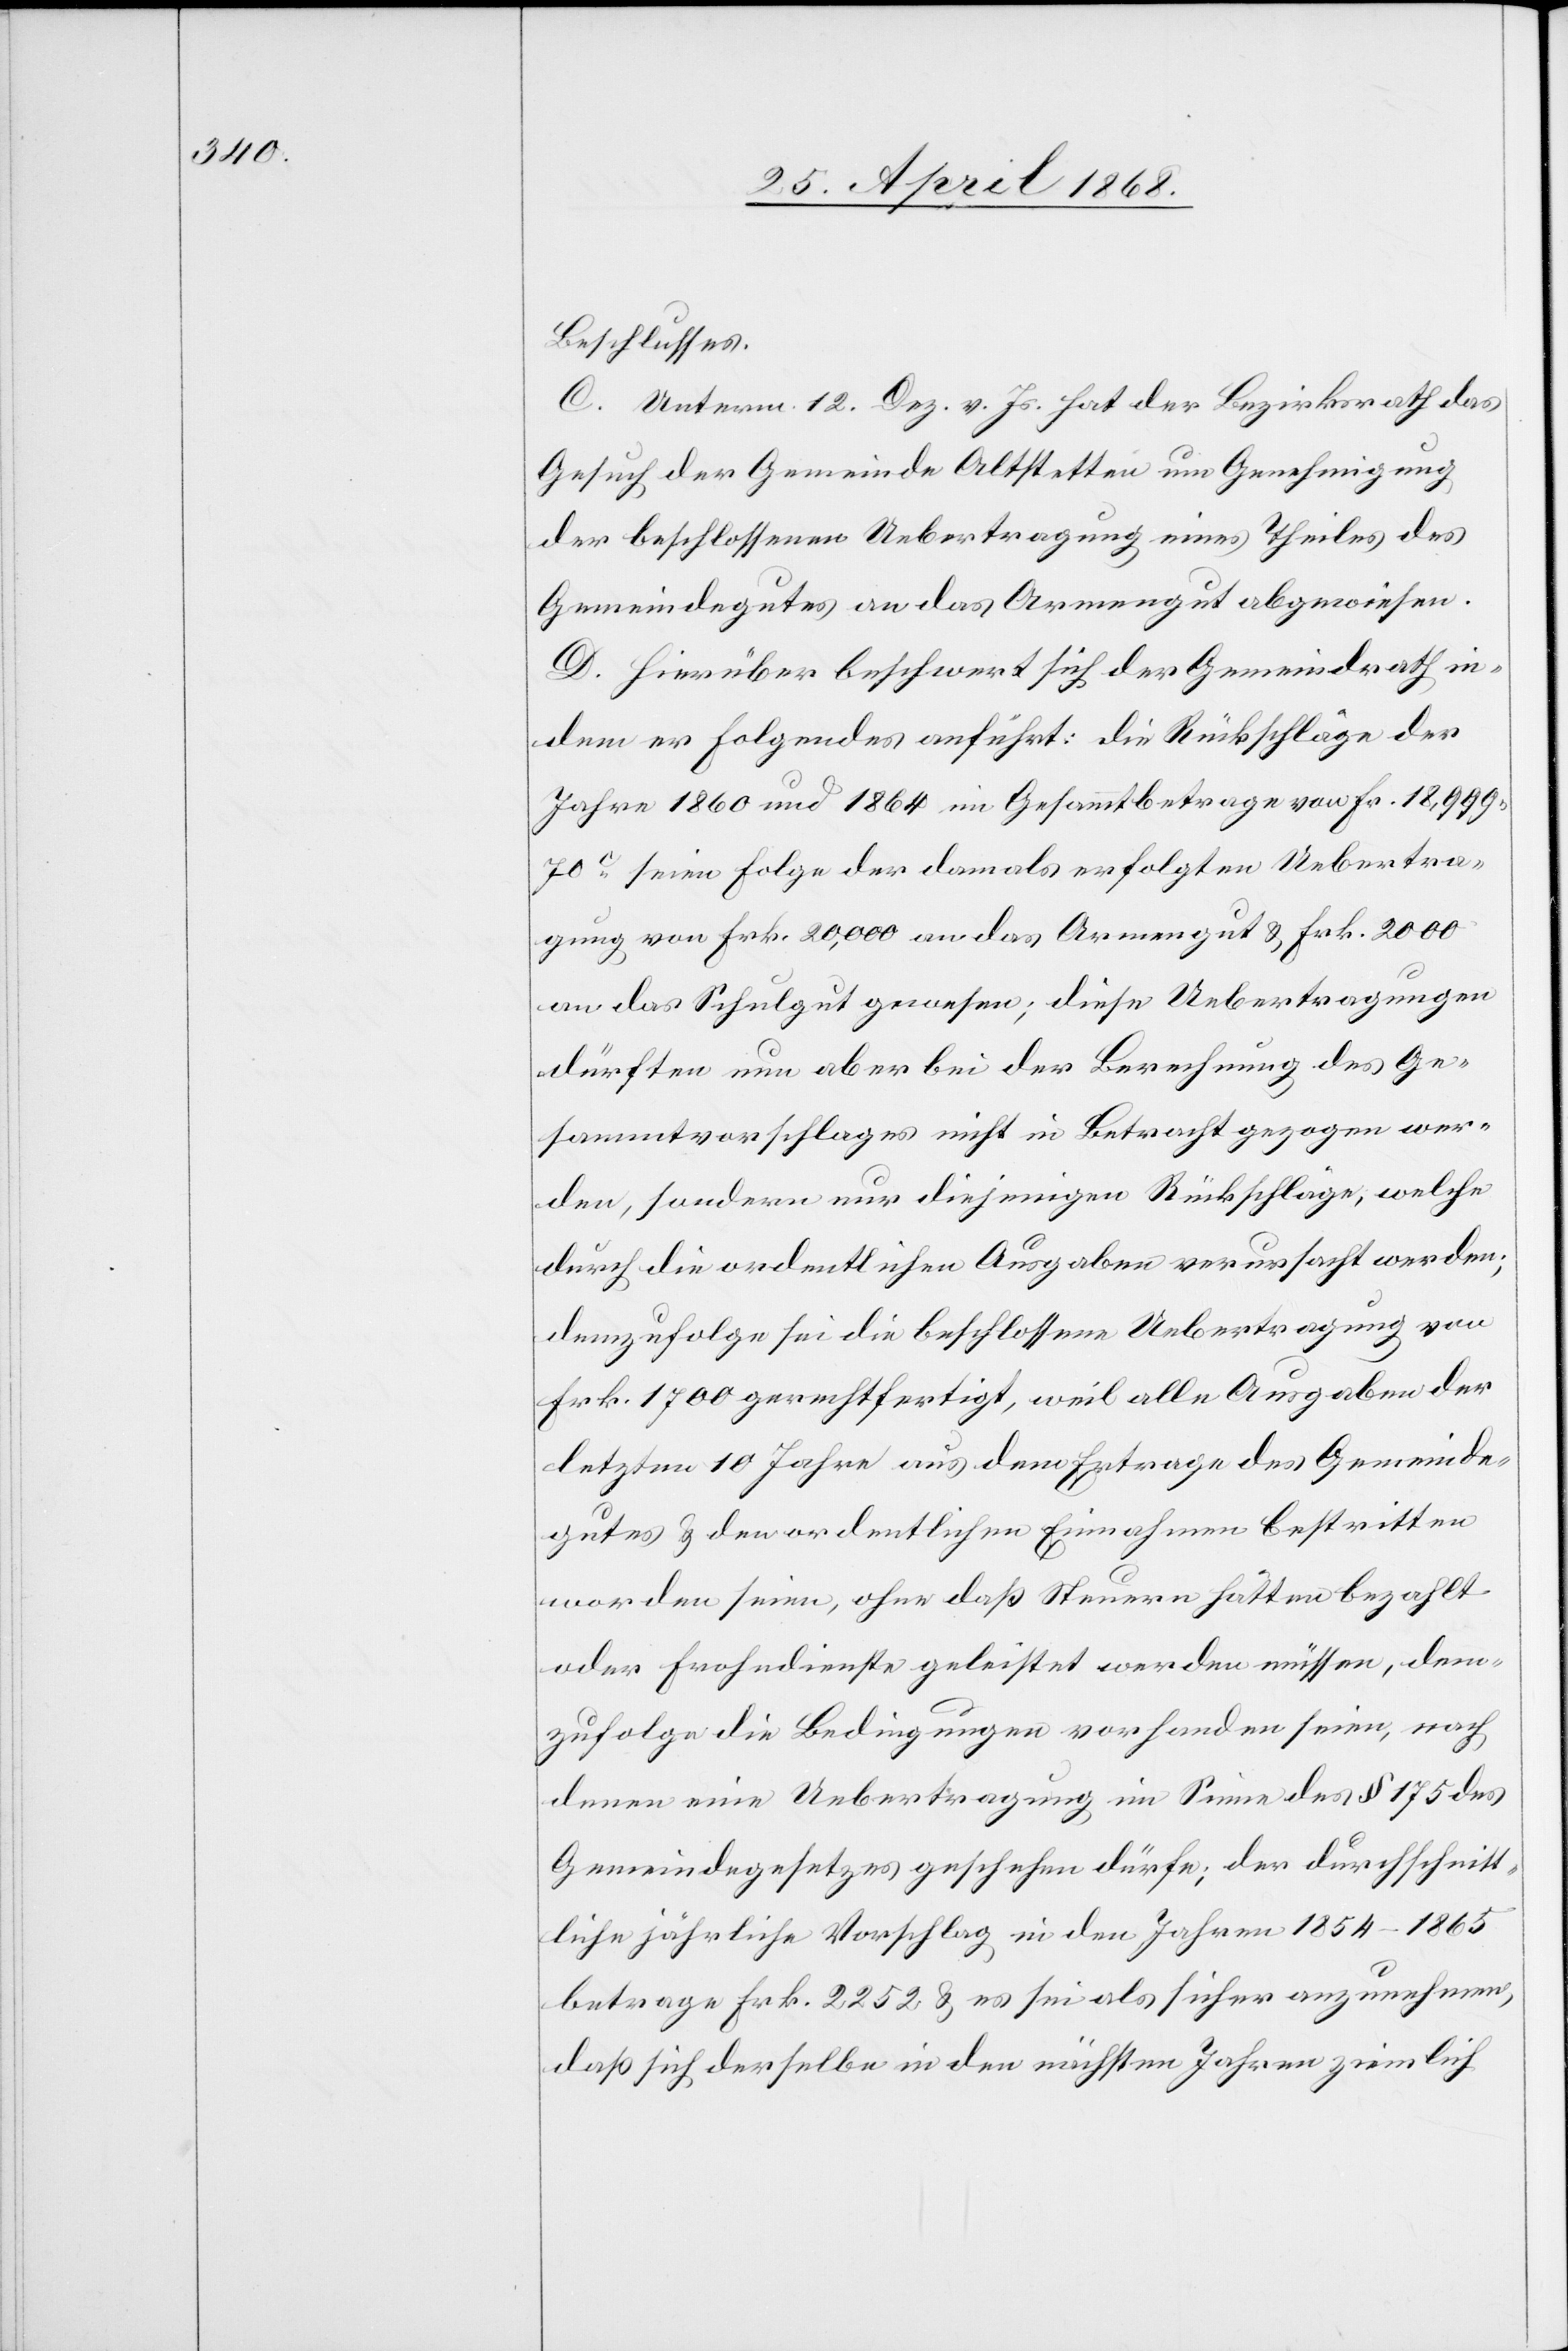
Beschlusses.
C. Unterm 12. Dez. v. Js. hat der Bezirksrath das
Gesuch der Gemeinde Altstetten um Genehmigung
der beschlossenen Uebertragung eines Theiles des
Gemeindegutes an das Armengut abgewiesen.
D. Hierüber beschwert sich der Gemeindrath in¬
dem er Folgendes anführt: die Rückschläge der
Jahre 1860 und 1864 im Gesammtbetrage von Fr. 18,999.
70c. seien Folge der damals erfolgten Uebertra¬
gung von Frk. 20,000 an das Armengut & Frk. 2000
an das Schulgut gewesen; diese Uebertragungen
dürften nun aber bei der Berechnung des Ge¬
sammtvorschlages nicht in Betracht gezogen wer¬
den, sondern nur diejenigen Rückschläge, welche
durch die ordentlichen Ausgaben verursacht werden;
demzufolge sei die beschlossene Uebertragung von
Frk. 1700 gerechtfertigt, weil alle Ausgaben der
letzten 10 Jahre aus dem Ertrage des Gemeinde¬
gutes & den ordentlichen Einnahmen bestritten
worden seien, ohne daß Steuern hätten bezahlt
oder Frohndienste geleistet werden müssen, dem¬
zufolge die Bedingungen vorhanden seien, nach
denen eine Uebertragung im Sinne des § 175 des
Gemeindegesetzes geschehen dürfe; der durchschnitt¬
liche jährliche Vorschlag in den Jahren 1854–1865
betrage Frk. 2252 & es sei als sicher anzunehmen,
daß sich derselbe in den nächsten Jahren ziemlich